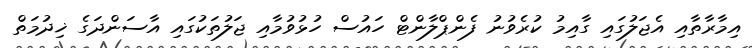
އިމާރާތާއި އެޖަލުގައި ގާއިމު ކުރެވުނު ފެންޕްލާންޓް ހައުސް ހުޅުވުމާއި ޖަލުތަކުގައި އާސަންދަގެ ޚިދުމަތް